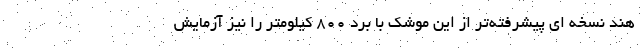
هند نسخه ای پیشرفته‌تر از این موشک با برد 800 کیلومتر را نیز آزمایش